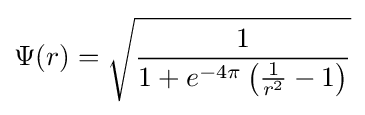
\Psi (r)={\sqrt {\frac {1}{1+e^{-4\pi }\left({\frac {1}{r^{2}}}-1\right)}}}